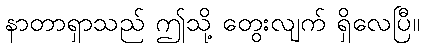
နာတာရှာသည် ဤသို့ တွေးလျက် ရှိလေပြီ။